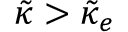
\tilde { \kappa } > \tilde { \kappa } _ { e }